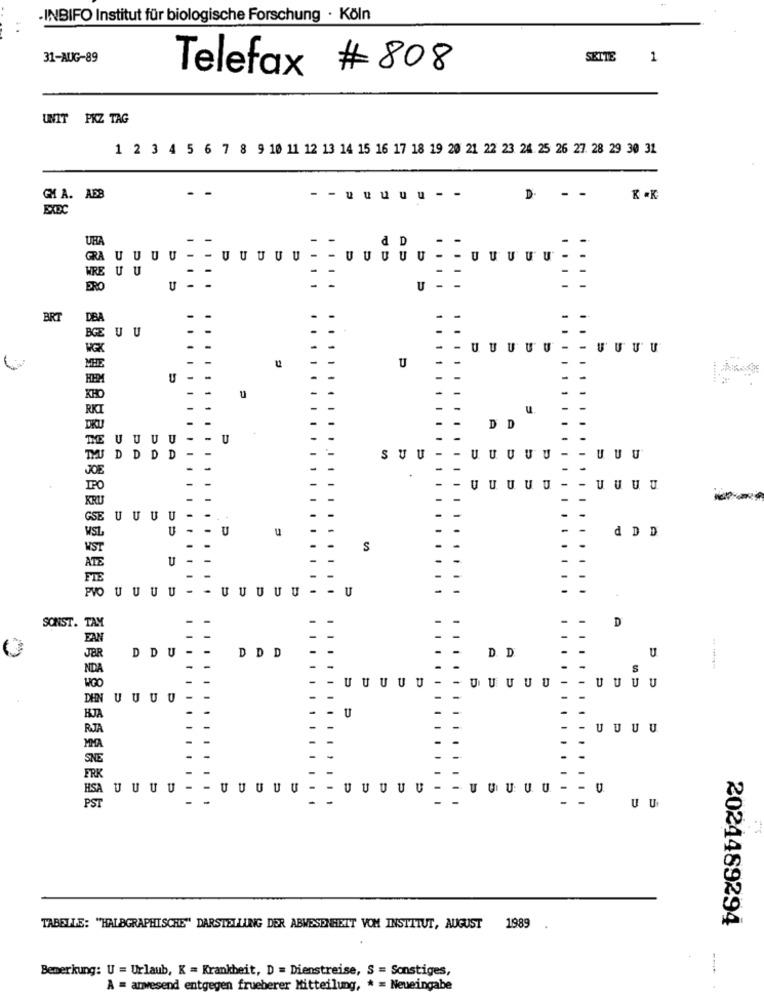
-INBIFO Institut für biologische Forschung · Köln
31-AUG-89
SETTE
1
Telefax # 808
UNIT PKZ TAG
1 2 3 4 5 6 7 8 9 10 11 12 13 14 15 16 17 18 19 20 21 22 23 24 25 26 27. 28 29 30 31
GA. ABB
- -
D
- -
K .K
UBA
d D
GRA UUUU
- UUUUU - - UUUUU
UUUUU -
WRE U U
ERO
U
BRT
DBA
BCE U U
UUUUU - - UUUU
U
-
U
u
RKT
u.
OKU
DD
UUUU
U
DDD
D
SUU
UUUUU
UUU
JOE
UUUUU
- UUUU
SE
UUUU
SL
U
u
dDD
S
UUU
-
U
U
U -
- U
SONST. TAM
D
U
JBR
D DU-
DDD
D. D.
NDA
S
UUUUU
UUUUU
UUUU
NUUUU
HJA
U
RJA
UUUU
SNE
ERK
HSA UUUU
-
UUUU
UUUUU
U
- U
PST
UU
2024489294
TABELLE: "HALBGRAPHISCHE" DARSTELLUNG DER ABWESENHEIT VOM INSTITUT, AUGUST 1989 .
Bemerkung: U = Urlaub, K = Krankheit, D = Dienstreise, S = Sonstiges,
--
A = anwesend entgegen frueberer Mitteilung, * = Neueingabe